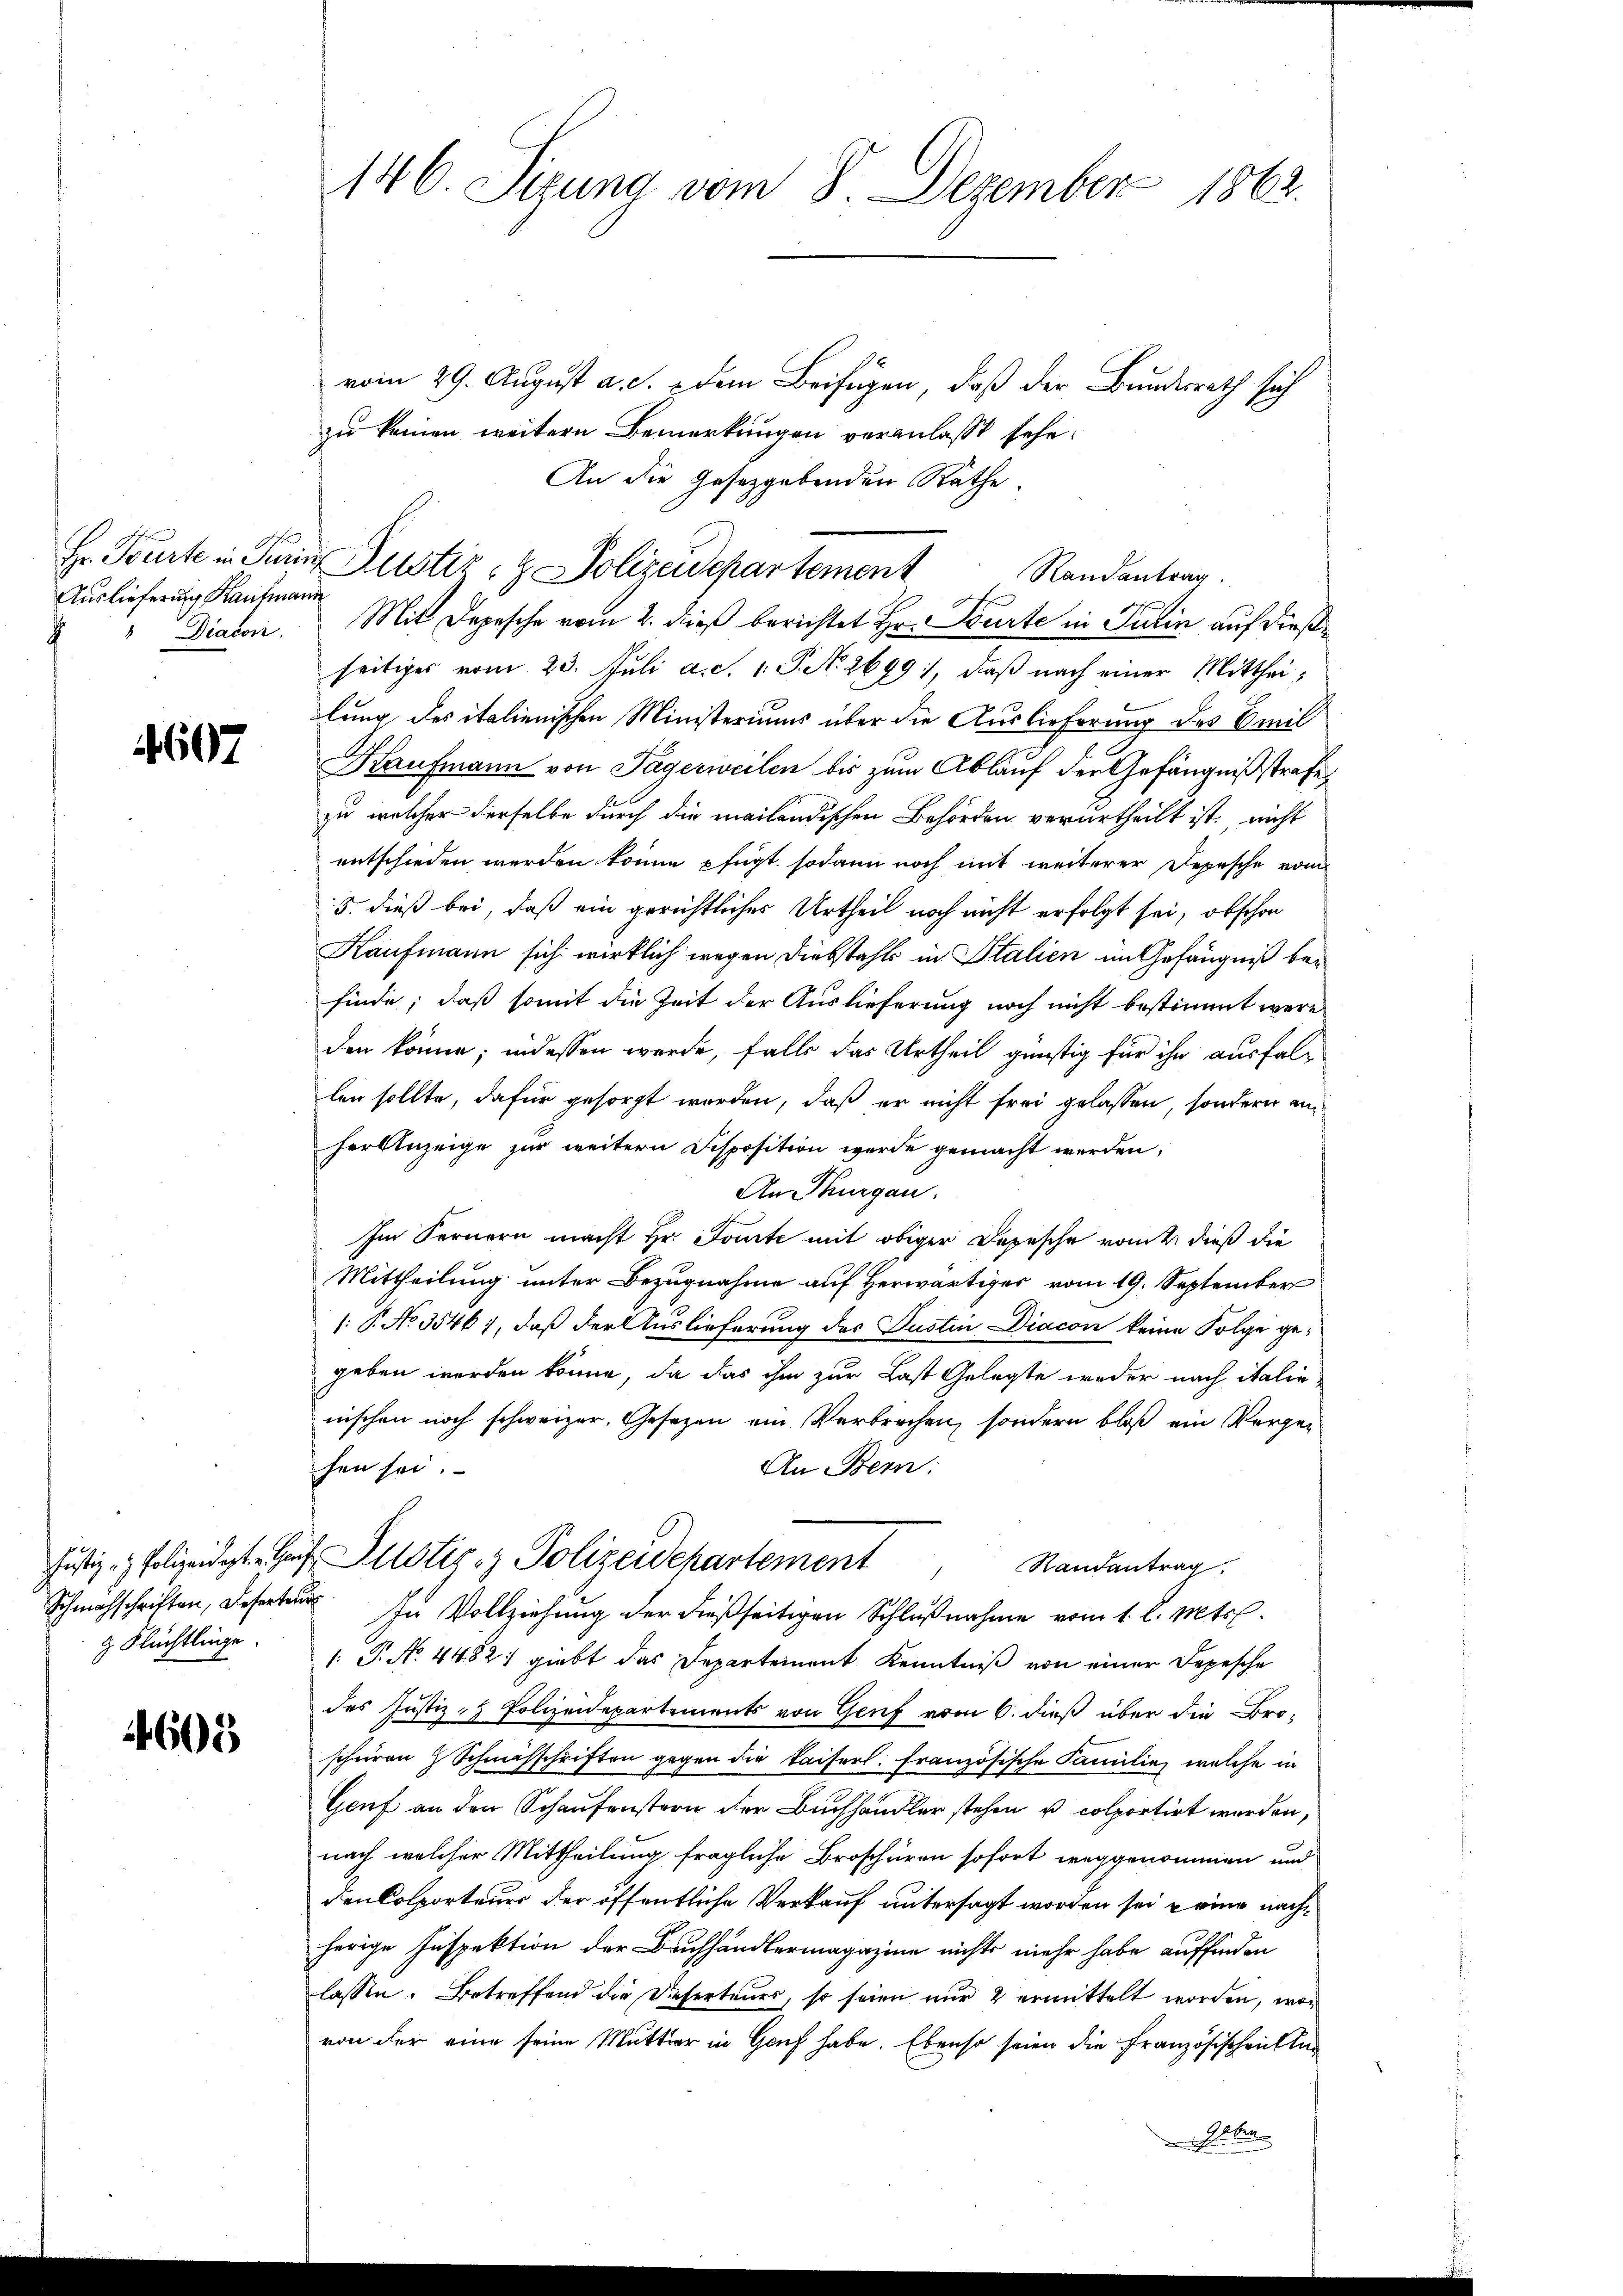
Auslieferung Kaufmann
Diacone.
.

607

Justiz - Polizeidigt u. Gen
g Flüchtlinge

14608

146. Sizung vom 8. Dezember 1863.

vom 29. August a. c. dem Beifügen, daß der Bundesrath sich
zu keinen weitern Bemerkungen veranlasst sehe.
An die Gesetzgebenden Räthe.
Randantrag.
Mit Depesche vom 2. dieß berichtet Hr. Spürte in Turin auf dießseitiges vom 23. Juli a. S. 1. P. No. 2699), daß nach einer Mittheilung des italienischen Ministeriums über die Auslieferung des Emil
Kaufmann von Tagerweilen bis zum Ablauf der Gefängnißstrafe,
zu welcher derselbe durch die mailändischen Behörden verurtheilt ist, nicht
entschieden werden könne fügt sodann noch mit weiterer Depesche vom
5. dieß bei, daß ein gerichtliches Urtheil noch nicht erfolgt sei, obschon
Kaufmann sich wirklich wegen Diebstahls in Stalien im Gefängniß befinde; daß somit die Zeit der Auslieferung noch nicht bestimmt wäre.
den könne; indessen werde, falls das Urtheil günstig für ihn ausfallen sollte, dafür gesorgt werden, daß er nicht frei gelassen, sondern anher Anzeige zur weitern Disposition werde gemacht werden,
An Thurgau.
Im Fernern macht Hr. Toute mit obiger Depesche vom 2. dieß die
Mittheilung unter Bezugnahme auf Herwärtiges vom 19. September
/: P. No. 3546), daß der Auslieferung des Justin Diacon keine Folge gegeben werden könne, da das ihm zur Last Gelegte weder nach italinnischen noch schweizer, Gesezen ein Verbrechen, sondern bloß ein Vergehen sei.
An Bern:
4. Justiz & Polizeidepartement
Randantrag.
Schmähschriften, Reserte. In Vollziehŭng der dießseitigen Schlŭβnahme vom 1. l. Mts.
1: P. No. 4482) giebt das Departeinant Kenntniß von einer Depesche
des Justiz- & Polizeidepartements von Genf vom 6. dieß über die Bro-
schüren Schmässchriften gegen die Kaiserl. Französische Familie, welche in
Genf an den Schaufenstern der Buchhändler stehen u. colportirt werden,
nach welcher Mittheilung fragliche Broschüren sofort weggenommen und
den Colporteurs der öffentliche Verkauf untersagt worden sei u eine nachherige Inspektion der Buchhändlermagazine nichts mehr habe auffinden
lassen. Betreffend die Daherteurs, so seien nur 2 ermittelt worden, wor
von der eine seine Mutter in Genf habe. Ebenso seien die Französischen und
Gaben

Hr. Bürte in Turin Zustiz- & Polizeidepartement